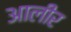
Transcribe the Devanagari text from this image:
आलीर